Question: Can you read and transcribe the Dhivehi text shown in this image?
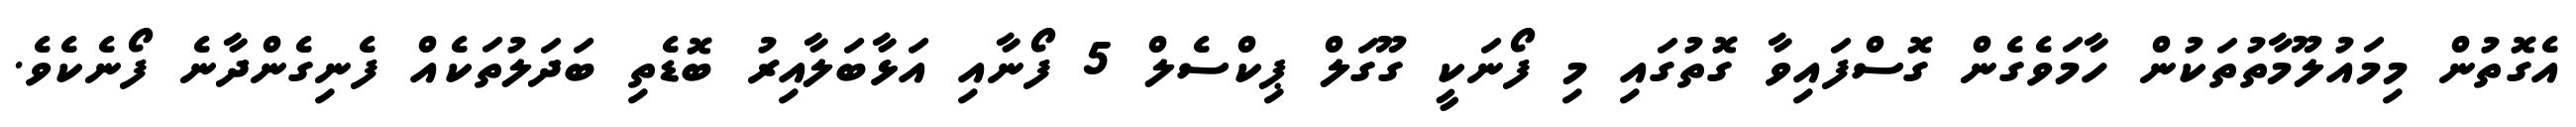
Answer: އެގޮތުން މިމައުލޫމާތުތަކުން ހާމަވެގެން ގޮސްފައިވާ ގޮތުގައި މި ފޯނަކީ ގޫގަލް ޕިކްސެލް 5 ފޯނާއި އަޅާބަލާއިރު ބޮޑެތި ބަދަލުތަކެއް ފެނިގެންދާނެ ފޯނެކެވެ.